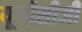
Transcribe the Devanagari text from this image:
यूजीसीजी